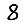
Digit: 8